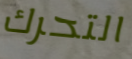
التحرك